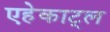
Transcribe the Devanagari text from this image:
एहेकाट्ल